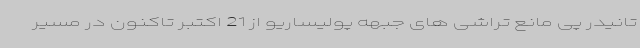
تانیدر پی مانع تراشی های جبهه پولیساریو از 21 اکتبر تاکنون در مسیر